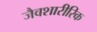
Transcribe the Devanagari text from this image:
जैवशारीरिक